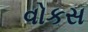
વોકસ